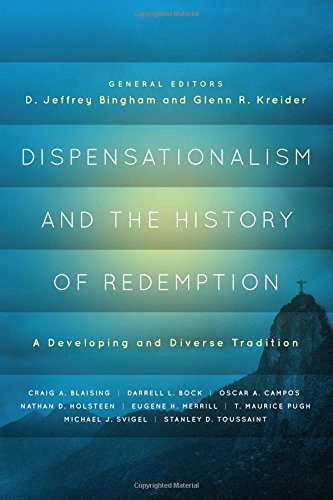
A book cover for Dispensationalism and the History of Redemption: A Developing and Diverse Tradition; Christian Books & Bibles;